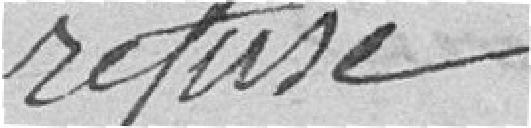
refusé